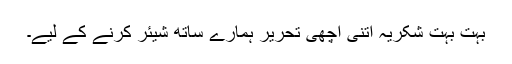
بہت بہت شکریہ اتنی اچھی تحریر ہمارے ساتھ شیئر کرنے کے لیے۔